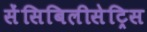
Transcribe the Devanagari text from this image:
सेंसिबिलीसेट्रिस